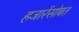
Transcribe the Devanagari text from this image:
हजारेंसोबत